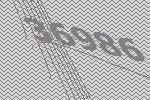
36986